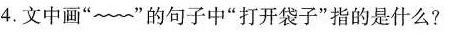
4.文中画”~~”的句子中”打开袋子”指的是什么?